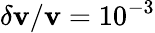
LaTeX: \delta\mathbf{v}/\mathbf{v}=10^{-3}